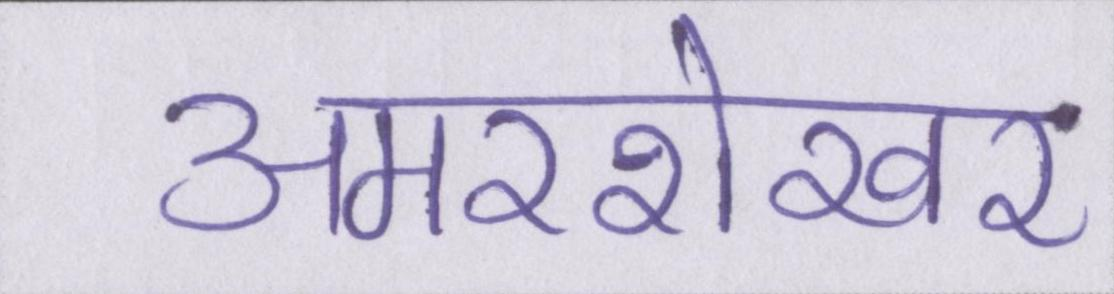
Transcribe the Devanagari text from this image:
अमरशेखर